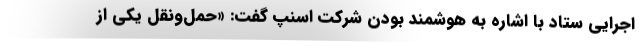
اجرایی ستاد با اشاره به هوشمند بودن شرکت اسنپ گفت: «حمل‌ونقل یکی از